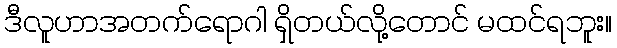
ဒီလူဟာအတက်ရောဂါ ရှိတယ်လို့တောင် မထင်ရဘူး။